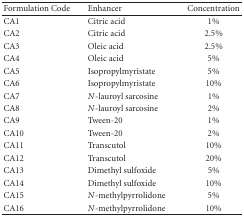
| Formulation Code | Enhancer | Concentration |
 | --- | --- | --- |
 | CA1 | Citric acid | 1% |
 | CA2 | Citric acid | 2.5% |
 | CA3 | Oleic acid | 2.5% |
 | CA4 | Oleic acid | 5% |
 | CA5 | Isopropylmyristate | 5% |
 | CA6 | Isopropylmyristate | 10% |
 | CA7 | N-lauroyl sarcosine | 1% |
 | CA8 | N-lauroyl sarcosine | 2% |
 | CA9 | Tween-20 | 1% |
 | CA10 | Tween-20 | 2% |
 | CA11 | Transcutol | 10% |
 | CA12 | Transcutol | 20% |
 | CA13 | Dimethyl sulfoxide | 5% |
 | CA14 | Dimethyl sulfoxide | 10% |
 | CA15 | N-methylpyrrolidone | 5% |
 | CA16 | N-methylpyrrolidone | 10% |